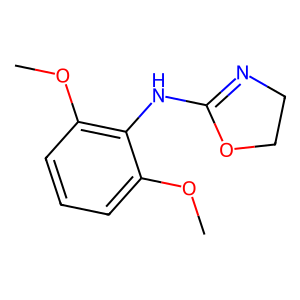
SMILES: COc1cccc(OC)c1NC1=NCCO1
Inhibits HIV replication: No